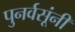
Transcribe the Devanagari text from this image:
पुनर्वसूंनी